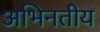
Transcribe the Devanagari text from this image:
अभिनतीय